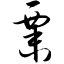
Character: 粟